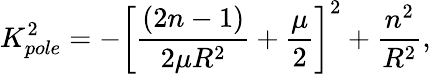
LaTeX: K_{pole}^{2}=-\left[\frac{(2n-1)}{2\mu R^{2}}+\frac{\mu}{2}\right]^{2}+\frac{n^{2}}{R^{2}},